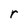
Character: r